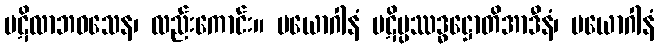
ပဋိလာဘဝသေန၊ လည်းကောင်း။ ပယောဂါနံ ပဋိပ္ပဿဒ္ဓဋ္ဌောတိအာဒီနံ၊ ပယောဂါနံ